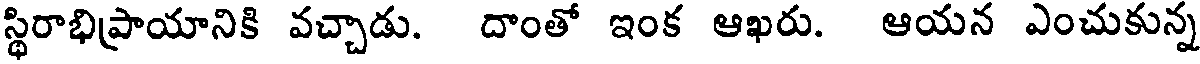
స్థిరాభిప్రాయానికి వచ్చాడు. దాంతో ఇంక ఆఖరు. ఆయన ఎంచుకున్న